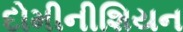
દોમીનીશિયન